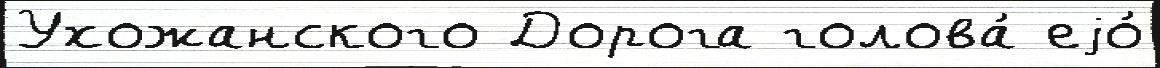
Ухожанского Дорога голова́ еjо́